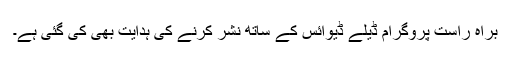
براہ راست پروگرام ڈیلے ڈیوائس کے ساتھ نشر کرنے کی ہدایت بھی کی گئی ہے۔